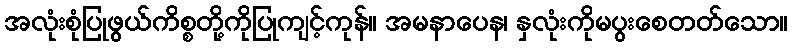
အလုံးစုံပြုဖွယ်ကိစ္စတို့ကိုပြုကျင့်ကုန်။ အမနာပေန၊ နှလုံးကိုမပွးစေတတ်သော။